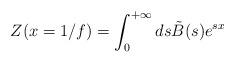
LaTeX: \begin{align*}Z(x=1/f)=\int_{0}^{+\infty}ds \tilde{B}(s)e^{sx}\end{align*}